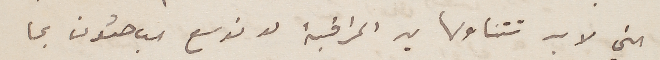
التي لا بد تتناولها يد المراقبة لو توسع الباحثون بما